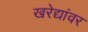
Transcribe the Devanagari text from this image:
खरेद्यांवर